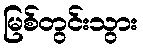
မြစ်တွင်းသွား